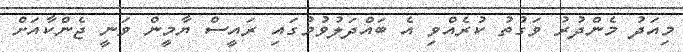
މިއަދު މެންދުރު ވަގުތު ކުރެއްވި އެ ބައްދަލުވުމުގައި ރައީސް ޔާމީން ވަނީ ޖެންކާއަށް